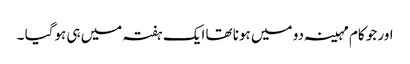
اور جو کام مہینہ دو میں ہونا تھا ایک ہفتہ میں ہی ہوگیا ۔